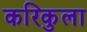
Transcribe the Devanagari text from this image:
करिकुला